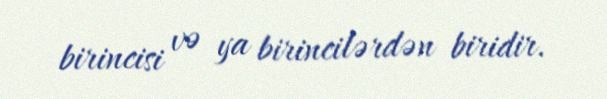
birincisi və ya birincilərdən biridir.